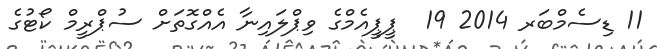
11 ޑިސެމްބަރ 2014 19  ޕީޕީއެމްގެ ވިޕްލައިނާ އެއްގޮތަށް ސުޕްރީމް ކޯޓުގެ